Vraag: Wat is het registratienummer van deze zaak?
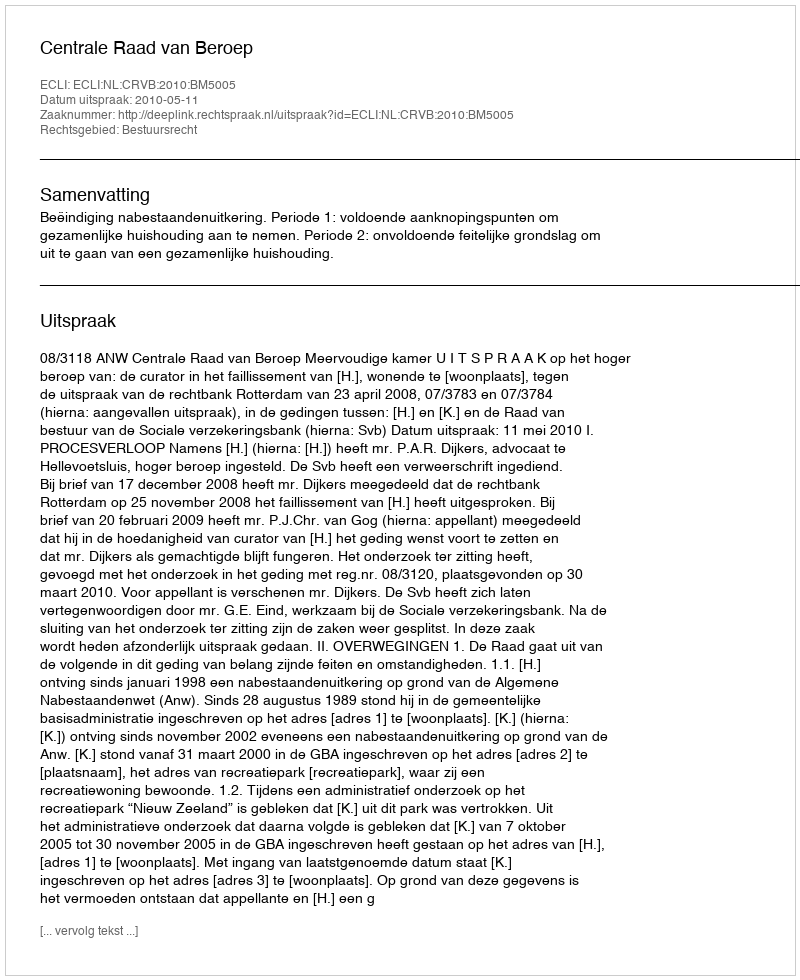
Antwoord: http://deeplink.rechtspraak.nl/uitspraak?id=ECLI:NL:CRVB:2010:BM5005